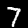
Label: 7